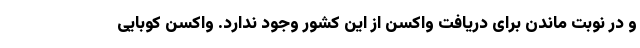
و در نوبت ماندن برای دریافت واکسن از این کشور وجود ندارد. واکسن کوبایی